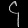
Digit: ၄